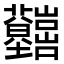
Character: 𡿤